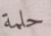
حلمة